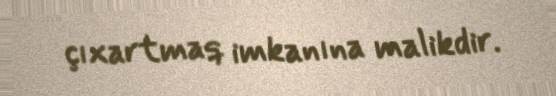
çıxartmaq imkanına malikdir.